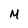
Character: M